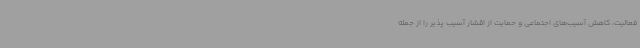
فعالیت، کاهش آسیب‌های اجتماعی و حمایت از اقشار آسیب پذیر را از جمله